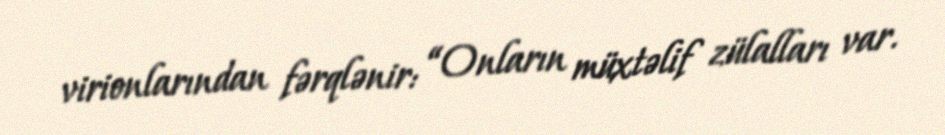
virionlarından fərqlənir: “Onların müxtəlif zülalları var.